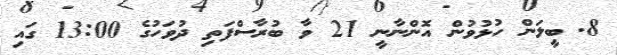
8. ބީލަން ހުޅުވުން އޮންނާނީ 21 ވާ ބުރާސްފަތި ދުވަހުގެ 13:00 ގައި